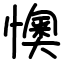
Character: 懊